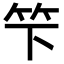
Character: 𥫫